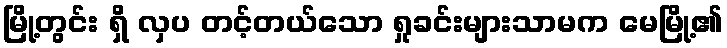
မြို့တွင်း ရှိ လှပ တင့်တယ်သော ရှုခင်းများသာမက မေမြို့၏